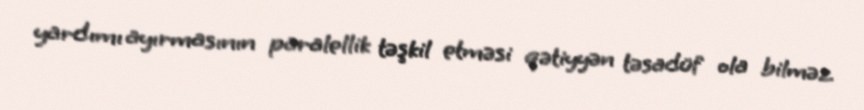
yardımı ayırmasının paralellik təşkil etməsi qətiyyən təsadüf ola bilməz.